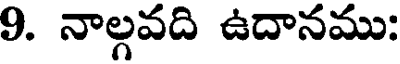
9. నాల్గవది ఉదానము: